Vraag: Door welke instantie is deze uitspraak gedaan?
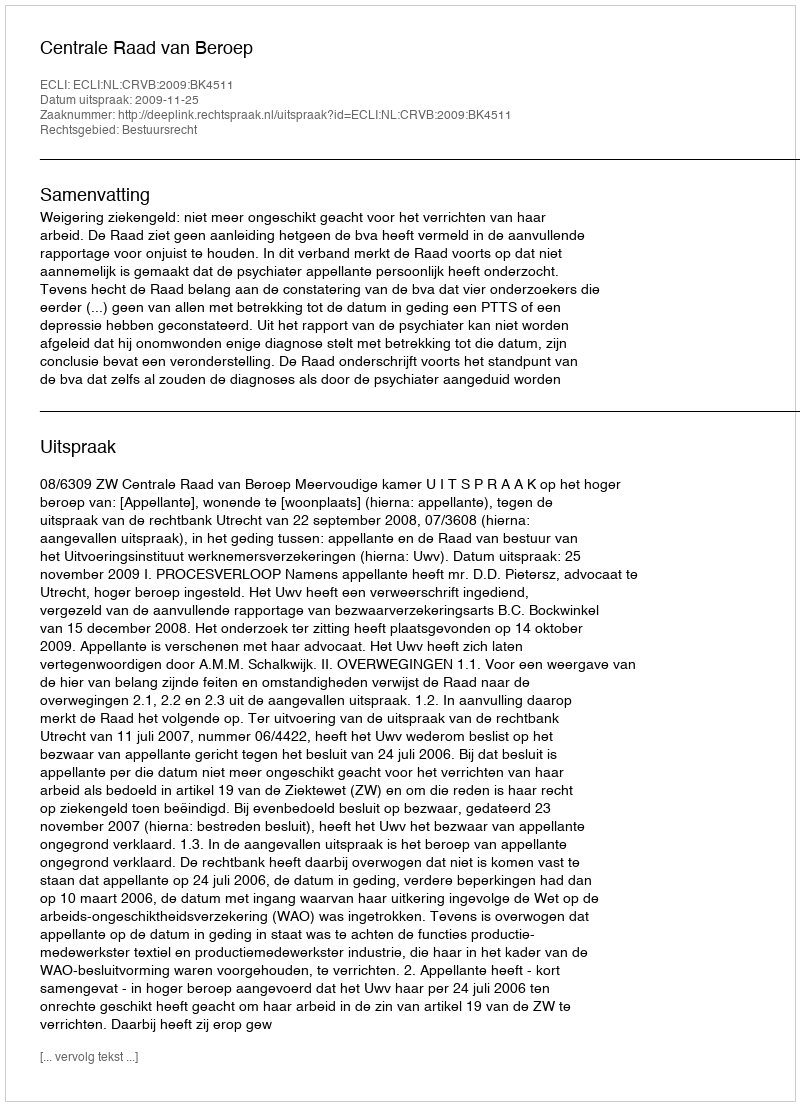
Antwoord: Centrale Raad van Beroep